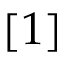
[ 1 ]